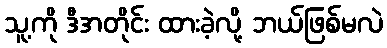
သူ့ကို ဒီအတိုင်း ထားခဲ့လို့ ဘယ်ဖြစ်မလဲ